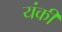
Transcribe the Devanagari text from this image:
यंकी